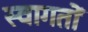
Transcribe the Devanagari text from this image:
स्वागतों